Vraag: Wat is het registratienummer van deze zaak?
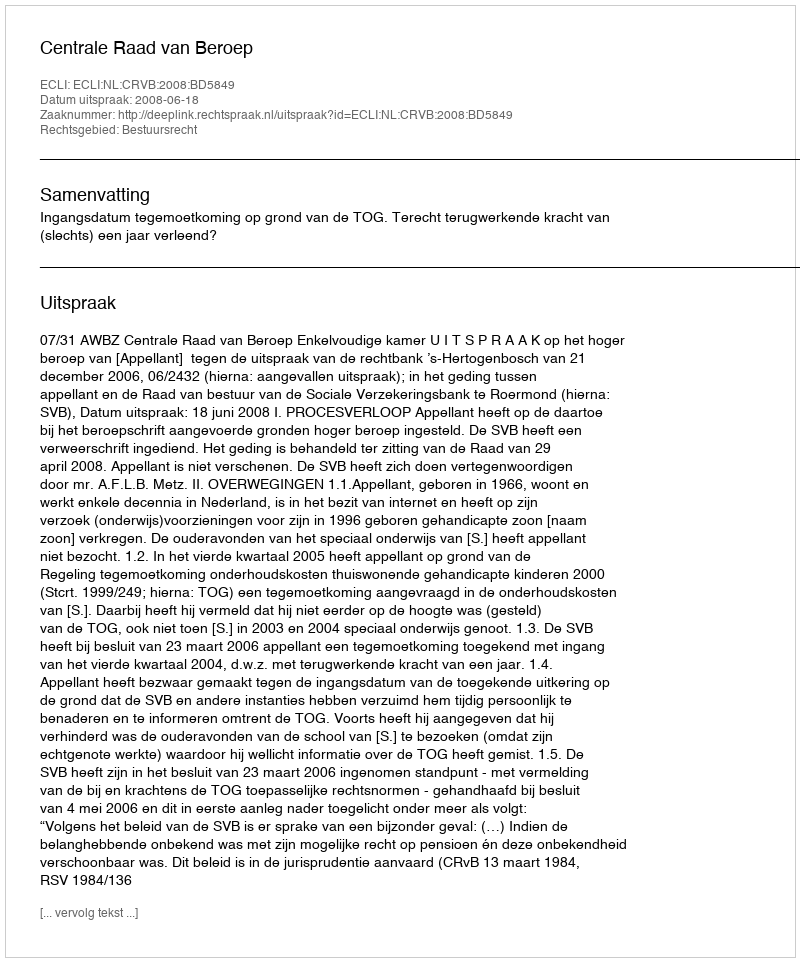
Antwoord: http://deeplink.rechtspraak.nl/uitspraak?id=ECLI:NL:CRVB:2008:BD5849